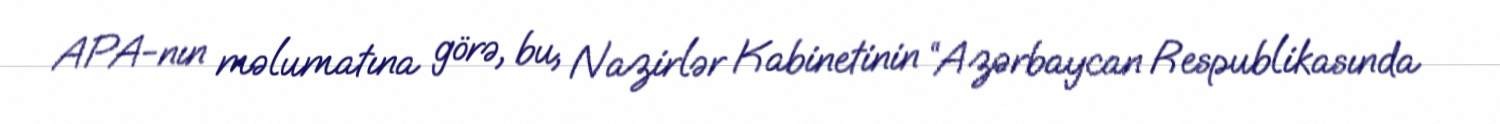
APA-nın məlumatına görə, bu, Nazirlər Kabinetinin “Azərbaycan Respublikasında